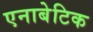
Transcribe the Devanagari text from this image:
एनाबेटिक